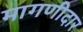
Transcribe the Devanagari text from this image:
मागणीदार